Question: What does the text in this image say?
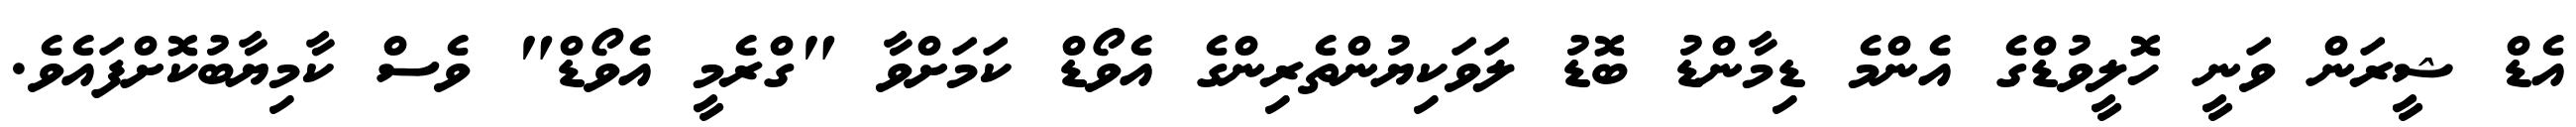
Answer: އެޑް ޝީރަން ވަނީ ހޮލީވުޑްގެ އެންމެ ޑިމާންޑު ބޮޑު ލަވަކިޔުންތެރިންގެ އެވޯޑް ކަމަށްވާ "ގްރެމީ އެވޯޑް" ވެސް ކާމިޔާބުކޮށްފައެވެ.